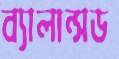
ব্যালান্সড